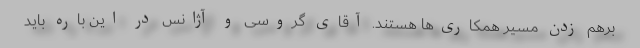
برهم زدن مسیر همکاری‌ها هستند. آقای گروسی و آژانس در این باره باید